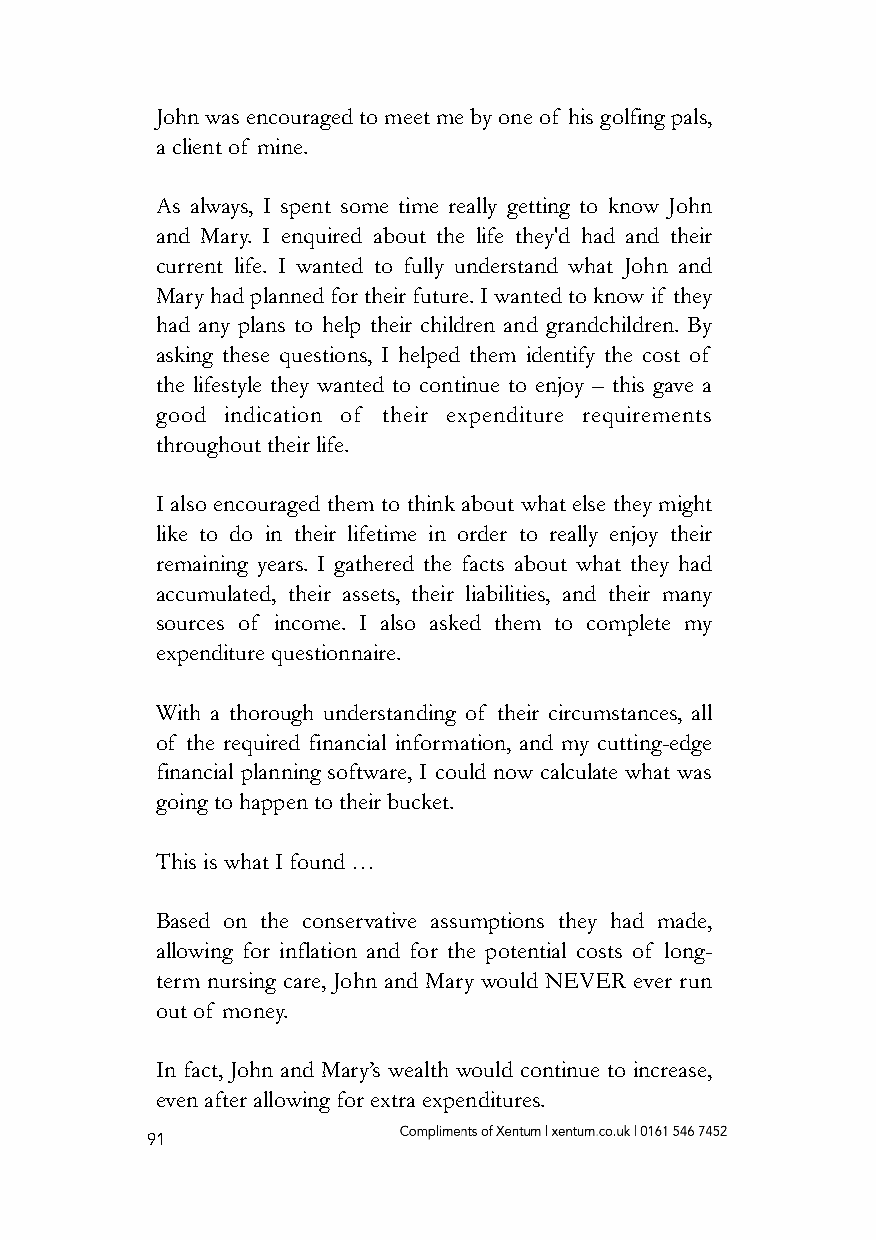
John was encouraged to meet me by one of his golfing pals,
 a client of mine.
 As always, I spent some time really getting to know John
 and Mary. I enquired about the life they'd had and their
 current life. I wanted to fully understand what John and
 Mary had planned for their future. I wanted to know if they
 had any plans to help their children and grandchildren. By
 asking these questions, I helped them identify the cost of
 the lifestyle they wanted to continue to enjoy – this gave a
 good indication of their expenditure requirements
 throughout their life.
 I also encouraged them to think about what else they might
 like to do in their lifetime in order to really enjoy their
 remaining years. I gathered the facts about what they had
 accumulated, their assets, their liabilities, and their many
 sources of income. I also asked them to complete my
 expenditure questionnaire.
 With a thorough understanding of their circumstances, all
 of the required financial information, and my cutting-edge
 financial planning software, I could now calculate what was
 going to happen to their bucket.
 This is what I found …
 Based on the conservative assumptions they had made,
 allowing for inflation and for the potential costs of long-
 term nursing care, John and Mary would NEVER ever run
 out of money.
 In fact, John and Mary’s wealth would continue to increase,
 even after allowing for extra expenditures.
 91